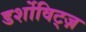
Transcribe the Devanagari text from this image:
डर्शोविट्ज़